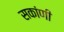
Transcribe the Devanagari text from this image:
सकांणी